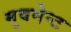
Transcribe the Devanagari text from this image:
मुवमेन्ट